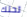
تحتك